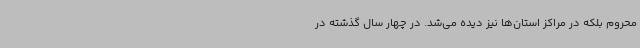
محروم بلکه در مراکز استان‌ها نیز دیده می‌شد. در چهار سال گذشته در